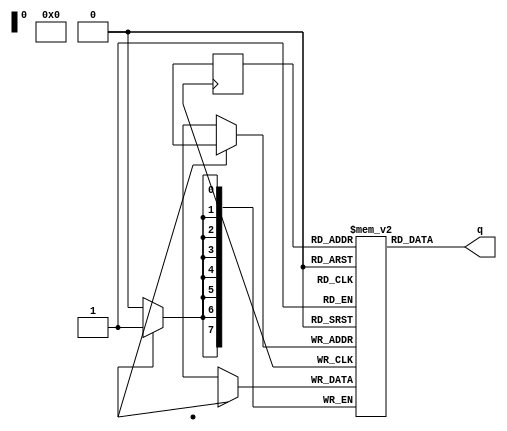
module ram_single #(
  parameter DATA_WIDTH=8,          //width of data bus
  parameter ADDR_WIDTH=8           //width of addresses buses
)(
//   input  [(DATA_WIDTH-1):0] data,  //data to be written
//   input  [(ADDR_WIDTH-1):0] addr,  //address for write/read operation
//   input                     we,    //write enable signal
//   input                     clk,   //clock signal
  output [(DATA_WIDTH-1):0] q      //read data
);

  reg [DATA_WIDTH-1:0] ram [2**ADDR_WIDTH-1:0];
  reg [ADDR_WIDTH-1:0] addr_r;

  always @(posedge clk) begin //WRITE
      if (we) begin
          ram[addr] <= data;
      end
      addr_r <= addr;
  end

  assign q = ram[addr_r]; //READ

endmodule